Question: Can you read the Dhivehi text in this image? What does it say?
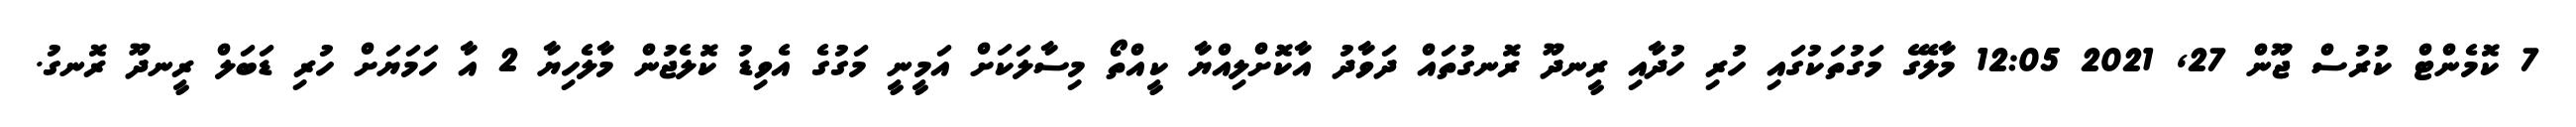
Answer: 7 ކޮމެންޓް ކުރުސް ޖޫން 27, 2021 12:05 މާލޭގެ މަގުތަކުގައި ހުރި ހުދާއި ރީނދޫ ރޮނގުތައް ދަވާދު އާކޮށްލިއްޔާ ކީއްތޯ މިސާލަކަށް އަމީނީ މަގުގެ އެވިޑު ކޮލެޖުން މާލެހިޔާ 2 އާ ހަމަޔަށް ހުރި ޑަބަލް ރީނދޫ ރޮނގު.